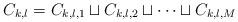
LaTeX: \begin{align*}C_{k,l} = C_{k,l,1} \sqcup C_{k,l,2} \sqcup\cdots\sqcup C_{k,l,M}\end{align*}